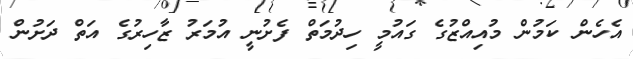
އެހެން ކަމުން މުއިއްޒުގެ ގައުމީ ހިދުމަތް ފެށުނީ އުމަރު ޒާހިރުގެ އަތް ދަށުން